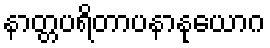
နာတ္တပရိတာပနာနုယောဂ